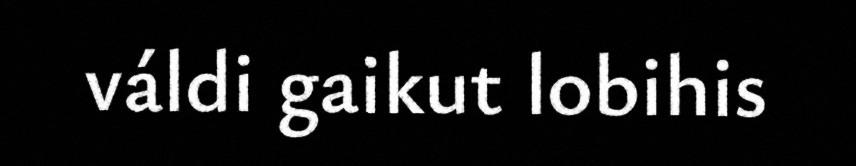
váldi gaikut lobihis